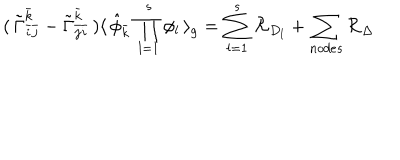
LaTeX: ( \, { \tilde { \Gamma } } _ { { \bar { i } } { \bar { j } } } ^ { \bar { k } } - { \tilde { \Gamma } } _ { { \bar { j } } { \bar { i } } } ^ { \bar { k } } \, ) \langle \, { \hat { \phi } } _ { \bar { k } } \, \prod _ { l = 1 } ^ { s } \phi _ { l } \, \rangle _ { g } = \sum _ { l = 1 } ^ { s } { \cal R } _ { D _ { l } } + \sum _ { n o d e s } { \cal R } _ { \Delta } \,